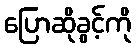
ပြောဆိုခွင့်ကို